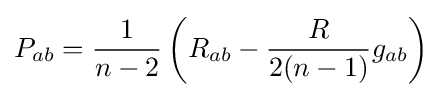
P_{ab}={\frac {1}{n-2}}\left(R_{ab}-{\frac {R}{2(n-1)}}g_{ab}\right)